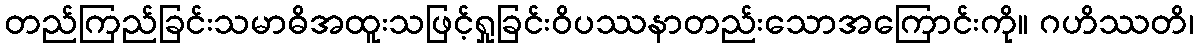
တည်ကြည်ခြင်းသမာဓိအထူးသဖြင့်ရှုခြင်းဝိပဿနာတည်းသောအကြောင်းကို။ ဂဟိဿတိ၊